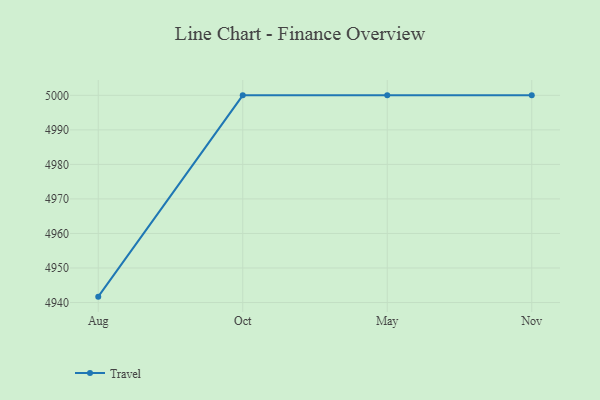
{"axis": {"x": "Month", "y": "Churn Rate (%)"}, "legend": ["Travel"], "data": [{"x": "Aug", "y": 4941.7, "type": "Travel"}, {"x": "Oct", "y": 5000, "type": "Travel"}, {"x": "May", "y": 5000, "type": "Travel"}, {"x": "Nov", "y": 5000, "type": "Travel"}]}